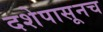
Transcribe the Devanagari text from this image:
दशेपासूनच